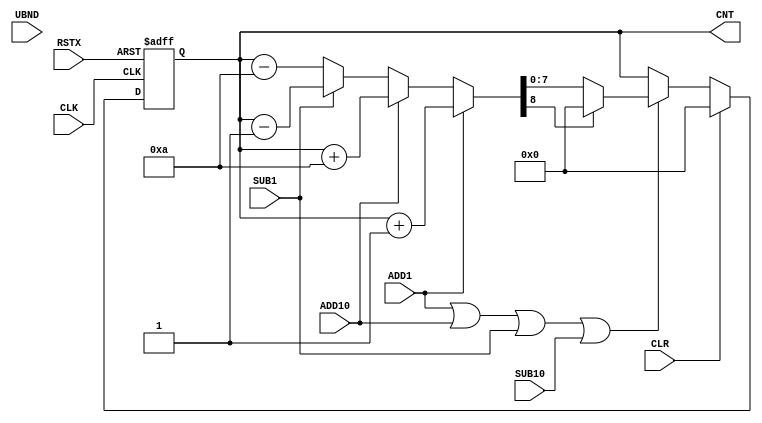
module cnt10 (
 input            RSTX,
 input            CLK,
 input            CLR,
 input      [7:0] UBND,
 input            ADD1,
 input            ADD10,
 input            SUB1,
 input            SUB10,
 output reg [7:0] CNT
);

wire [8:0] cnt_added = ADD1  ? {1'b0, CNT} + 9'd1
                     : ADD10 ? {1'b0, CNT} + 9'd10
                     : SUB1  ? {1'b0, CNT} - 9'd1
                     :         {1'b0, CNT} - 9'd10;

always @(posedge CLK or negedge RSTX)
  if (!RSTX)                                  CNT <= 8'd0;
  else if (CLR)                               CNT <= 8'd0;
  else if (!(ADD1 || ADD10 || SUB1 || SUB10)) CNT <= CNT;
  else if (cnt_added[8])                      CNT <= 8'd0;
  else                                        CNT <= cnt_added[7:0];

endmodule